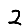
Digit: 2